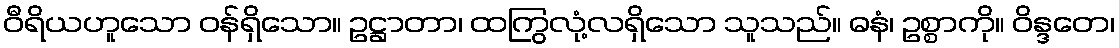
ဝီရိယဟူသော ဝန်ရှိသော။ ဥဋ္ဌာတာ၊ ထကြွလုံ့လရှိသော သူသည်။ ဓနံ၊ ဥစ္စာကို။ ဝိန္ဒတေ၊